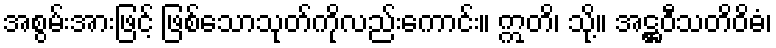
အစွမ်းအားဖြင့် ဖြစ်သောသုတ်ကိုလည်းကောင်း။ ဣတိ၊ သို့။ အဋ္ဌဝီသတိဝိဓံ၊